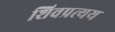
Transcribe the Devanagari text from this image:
शिवप्रत्यय